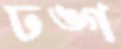
ঢঙ্গ